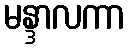
မန္ဒာလကာ